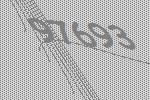
97693